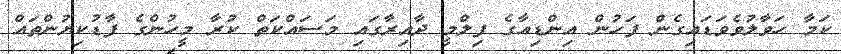
ކަމާ ހަވާލުވެވަޑައިގެން ފަހުން އިންޑިއާގެ ފިލްމީ ދާއިރާގައި މަސައްކަތް ކުރާ މީހުންގެ ފާޑުކިޔުންތައް